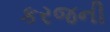
કરજની